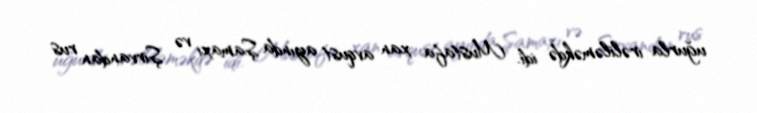
uğurla irəliləməkdə idi. Mustafa xan avqust ayında Şamaxı və Şirvandan rus